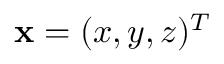
\mathbf { x } = ( x , y , z ) ^ { T }